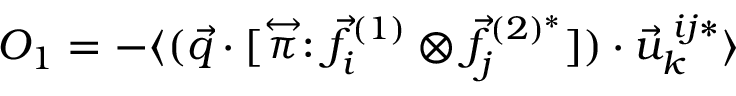
O _ { 1 } = - \langle ( \vec { q } \cdot [ \stackrel { \leftrightarrow } { \pi } : \vec { f } _ { i } ^ { ( 1 ) } \otimes \vec { f } _ { j } ^ { ( 2 ) ^ { * } } ] ) \cdot \vec { u } _ { k } ^ { \: i j * } \rangle